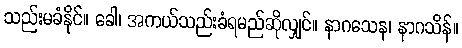
သည်းမခံနိုင်။ ခေါ၊ အကယ်သည်းခံရမည်ဆိုလျှင်။ နာဂသေန၊ နာဂသိန်။